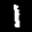
Label: 1